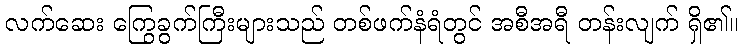
လက်ဆေး ကြွေခွက်ကြီးများသည် တစ်ဖက်နံရံတွင် အစီအရီ တန်းလျက် ရှိ၏။